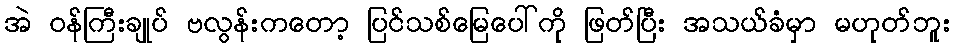
အဲ ဝန်ကြီးချုပ် ဗလွန်းကတော့ ပြင်သစ်မြေပေါ်ကို ဖြတ်ပြီး အသယ်ခံမှာ မဟုတ်ဘူး